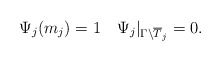
\begin{align*} \Psi_j(m_j) = 1 \quad\Psi_j|_{\Gamma\backslash \overline T_j} = 0.\end{align*}